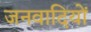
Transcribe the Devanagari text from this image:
जनवादियों